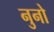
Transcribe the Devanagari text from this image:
नुनो